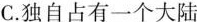
C. 独自占有一个大陆